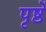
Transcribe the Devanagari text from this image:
पृष्ठें